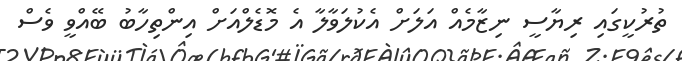
ތުރުކީގައި ރިޔާސީ ނިޒާމެއް އަލަށް އެކުލަވާލާ އެ މޮޑެލްއަށް އިންތިހާބު ބޭއްވީ ވެސް